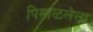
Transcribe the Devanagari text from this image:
पिसाळलेला